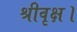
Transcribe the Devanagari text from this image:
श्रीवृक्ष।